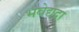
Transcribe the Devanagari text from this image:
भवेद्यदा